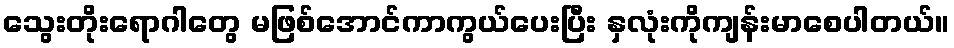
သွေးတိုးရောဂါတွေ မဖြစ်အောင်ကာကွယ်ပေးပြီး နှလုံးကိုကျန်းမာစေပါတယ်။